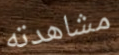
مشاهدته